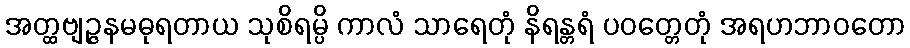
အတ္ထဗျဉ္ဇနမဓုရတာယ သုစိရမ္ပိ ကာလံ သာရေတုံ နိရန္တရံ ပဝတ္တေတုံ အရဟဘာဝတော